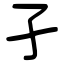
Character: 孑